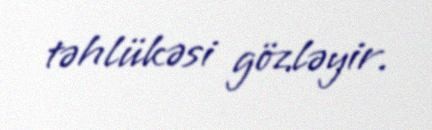
təhlükəsi gözləyir.